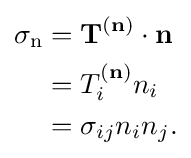
{\begin{aligned}\sigma _{\mathrm {n} }&=\mathbf {T} ^{(\mathbf {n} )}\cdot \mathbf {n} \\&=T_{i}^{(\mathbf {n} )}n_{i}\\&=\sigma _{ij}n_{i}n_{j}.\end{aligned}}